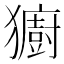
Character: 𪻋